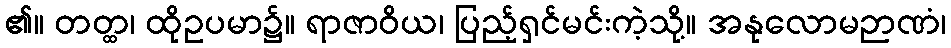
၏။ တတ္ထ၊ ထိုဥပမာ၌။ ရာဇာဝိယ၊ ပြည့်ရှင်မင်းကဲ့သို့။ အနုလောမဉာဏံ၊